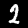
Digit: 2